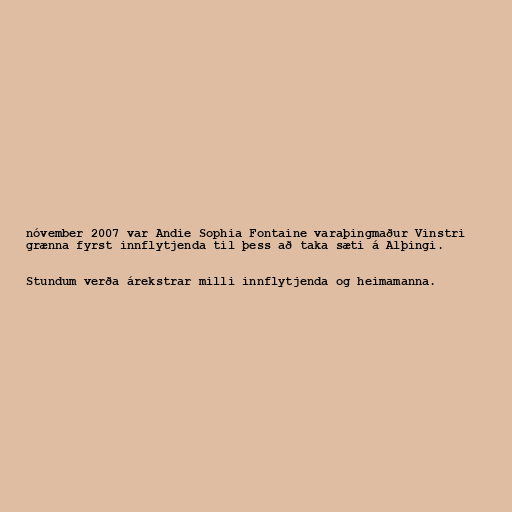
nóvember 2007 var Andie Sophia Fontaine varaþingmaður Vinstri
grænna fyrst innflytjenda til þess að taka sæti á Alþingi.

Stundum verða árekstrar milli innflytjenda og heimamanna.